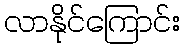
လာနိုင်ကြောင်း